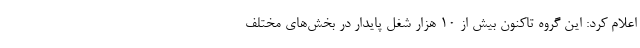
اعلام کرد: این گروه تاکنون بیش از 10 هزار شغل پایدار در بخش‌های مختلف